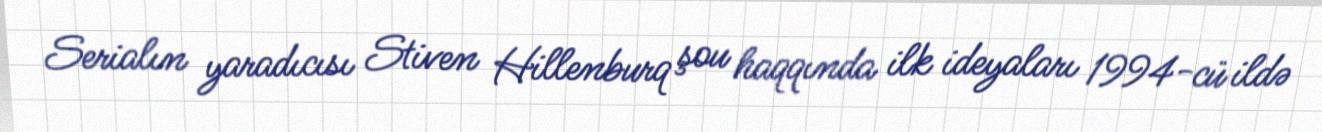
Serialın yaradıcısı Stiven Hillenburq şou haqqında ilk ideyaları 1994-cü ildə